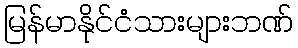
မြန်မာနိုင်ငံသားများဘဏ်